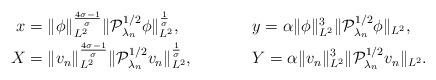
LaTeX: \begin{align*}x&=\|\phi\|_{L^2}^{\frac{4\sigma-1}{\sigma}}\|\mathcal{P}_{\lambda_n}^{1/2} \phi\|_{L^2}^{\frac{1}{\sigma}},&& y= \alpha\|\phi\|_{L^2}^3\|\mathcal{P}_{\lambda_n}^{1/2} \phi\|_{L^2},\\X&=\|v_n\|_{L^2}^{\frac{4\sigma-1}{\sigma}}\|\mathcal{P}_{\lambda_n}^{1/2} v_n\|_{L^2}^{\frac{1}{\sigma}},&& Y=\alpha\|v_n\|_{L^2}^3\|\mathcal{P}_{\lambda_n}^{1/2} v_n\|_{L^2}.\end{align*}